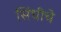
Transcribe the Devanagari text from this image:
सिंधीचे